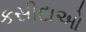
કસીદાઓ